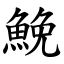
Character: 鮸